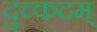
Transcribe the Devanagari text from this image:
दुच्कदम्